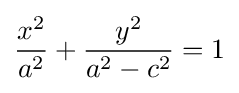
{\frac {x^{2}}{a^{2}}}+{\frac {y^{2}}{a^{2}-c^{2}}}=1